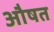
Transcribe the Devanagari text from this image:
औषत